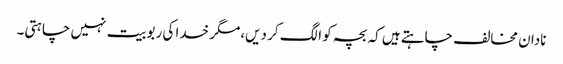
نادان مخالف چاہتے ہیں کہ بچہ کو الگ کر دیں،مگر خدا کی ربوبیت نہیں چاہتی۔